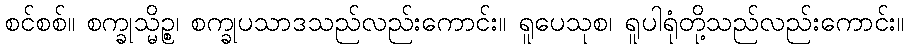
စင်စစ်။ စက္ခုသ္မိဉ္စ၊ စက္ခုပသာဒသည်လည်းကောင်း။ ရူပေသုစ၊ ရူပါရုံတို့သည်လည်းကောင်း။